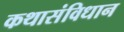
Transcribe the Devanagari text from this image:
कथासंविधान